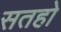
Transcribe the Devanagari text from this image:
सतहो